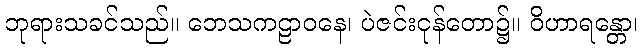
ဘုရားသခင်သည်။ ဘေသကဠာဝနေ၊ ပဲဇင်းငုန်တော၌။ ဝိဟာရန္တော၊